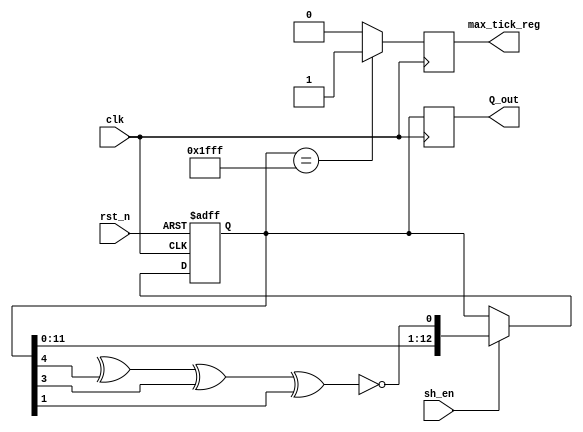
`timescale 1ns / 1ps
module lfsr_13bit
    #(parameter seed = 13'h1EE) // Adjusted seed parameter width to match LFSR size
    ( input clk, input rst_n, input sh_en, output reg [12:0] Q_out, output reg max_tick_reg);
    reg [12:0] Q_state;
    wire Q_fb;
    wire [12:0] Q_ns;
    localparam [12:0] max_value = 13'h1FFF; // Maximum value for a 13-bit LFSR
    // Asynchronous active-low reset
    always @ (posedge clk or negedge rst_n) begin // Changed to negedge rst_n
        if (!rst_n) // Active-low reset condition
            Q_state <= seed; // Reset state to seed value
        else if (sh_en)
            Q_state <= Q_ns; // Shift operation
    end
    // Next state logic with feedback function using XNOR
    assign Q_fb = ~(Q_state[13] ^ Q_state[4] ^ Q_state[3] ^ Q_state[1]); // Changed to XNOR
    assign Q_ns = {Q_state[11:0], Q_fb}; // Shift left and insert feedback  
    // Output logic
    always @ (posedge clk) begin // Explicitly specify posedge clk
        Q_out <= Q_state; // Update output
        // Check if LFSR reached its maximum value and reset max_tick_reg
        if(Q_state == max_value) begin
            max_tick_reg <= 1'b1; // Set max_tick_reg high when full count is reached
        end else begin
            max_tick_reg <= 1'b0; // Reset max_tick_reg
        end
    end
endmodule